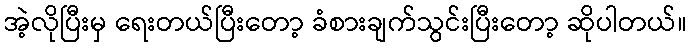
အဲ့လိုပြီးမှ ရေးတယ်ပြီးတော့ ခံစားချက်သွင်းပြီးတော့ ဆိုပါတယ်။